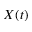
X ( t )